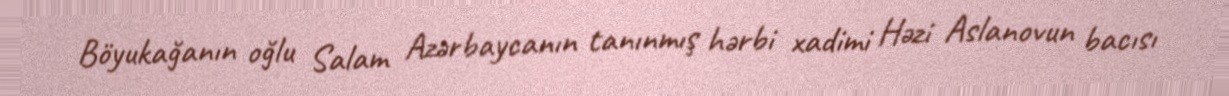
Böyukağanın oğlu Salam Azərbaycanın tanınmış hərbi xadimi Həzi Aslanovun bacısı